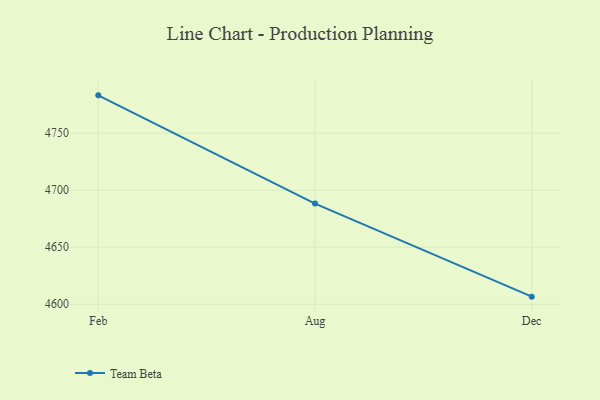
{"axis": {"x": "Month", "y": "Budget (USD K)"}, "legend": ["Team Beta"], "data": [{"x": "Feb", "y": 4783.2, "type": "Team Beta"}, {"x": "Aug", "y": 4688.3, "type": "Team Beta"}, {"x": "Dec", "y": 4606.7, "type": "Team Beta"}]}